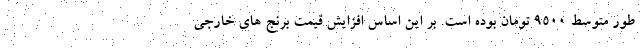
طور متوسط ۹۵۰۰ تومان بوده است. بر این اساس افزایش قیمت برنج های خارجی